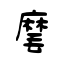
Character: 麾